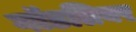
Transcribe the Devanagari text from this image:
गॉडलियर